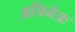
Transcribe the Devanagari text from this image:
अत्रिनेत्रः